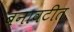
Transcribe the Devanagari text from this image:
बनावटीत